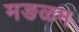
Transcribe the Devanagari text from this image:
मङळम